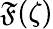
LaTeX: \mathfrak{F}(\zeta)